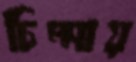
চিম্‌সায়